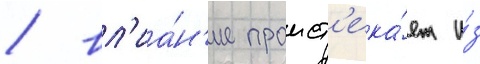
/ вл'иа́н'ие проист'ека́ет и́з